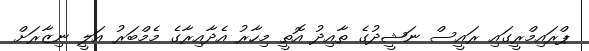
ޕްރައިމްރީގައި ރައީސް ނަޝީދުގެ ތާއިދު އޮތީ މިހާރު އެދާއިރާގެ މެމްބަރު އަލީ ނިޒާރަށް